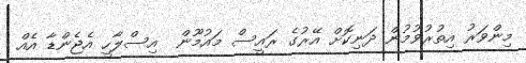
މިންވަރު އިތުރުވުމުން ދަނިކޮށް އޭރުގެ ރައީސް މައުމޫން  އިސްލާހީ އެޖެންޑާ އެއް